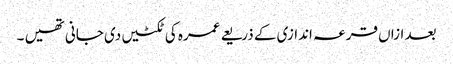
بعد ازاں قرعہ اندازی کے ذریعے عمرہ کی ٹکٹیں دی جانی تھیں ۔